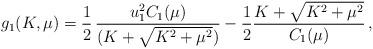
LaTeX: \begin{align*}g_1 (K,\mu) = {1\over 2} \,{u_1^2 C_1(\mu) \over ( K + \sqrt{K^2 + \mu^2})}-{1\over 2} { K + \sqrt{K^2 + \mu^2}\over C_1(\mu)}\,,\end{align*}